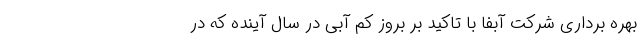
بهره برداری شرکت آبفا با تاکید بر بروز کم آبی در سال آینده که در